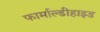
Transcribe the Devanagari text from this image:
फार्माल्डीहाइड